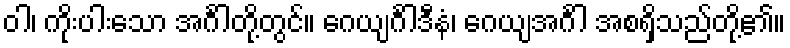
ဝါ၊ ကိုးပါးသော အင်္ဂါတို့တွင်။ ဂေယျင်္ဂါဒီနံ၊ ဂေယျအင်္ဂါ အစရှိသည်တို့၏။